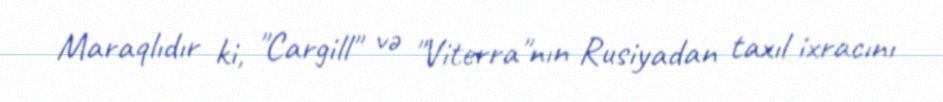
Maraqlıdır ki, "Cargill" və "Viterra"nın Rusiyadan taxıl ixracını